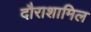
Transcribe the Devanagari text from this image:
दौराशामिल